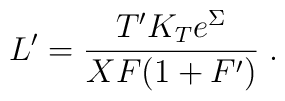
L' = \frac{T' K_T e^{\Sigma}}{X F (1 + F')} \; .